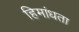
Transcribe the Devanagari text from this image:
हिमांधता